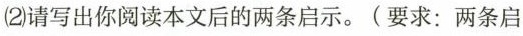
（2）请写出你读本文后的两条启示。(要求：两条启